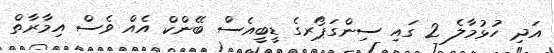
އަދި ހުޅުމާލެ 2 ގައި ސިންގަޕޯރގެ ޑީބީއެސް ބޭންކް އެއް ވެސް އިމާރާތް